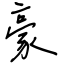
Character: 豪